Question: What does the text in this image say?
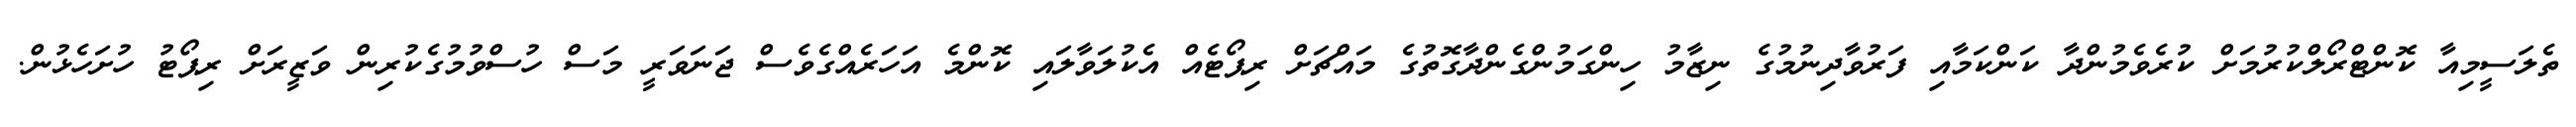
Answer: ތެލަސީމިއާ ކޮންޓްރޯލްކުރުމަށް ކުރެވެމުންދާ ކަންކަމާއި ފަރުވާދިނުމުގެ ނިޒާމު ހިންގަމުންގެންދާގޮތުގެ މައްޗަށް ރިޕޯޓެއް އެކުލަވާލައި ކޮންމެ އަހަރެއްގެވެސް ޖަނަވަރީ މަސް ހުސްވުމުގެކުރިން ވަޒީރަށް ރިޕޯޓު ހުށަހެޅުން.